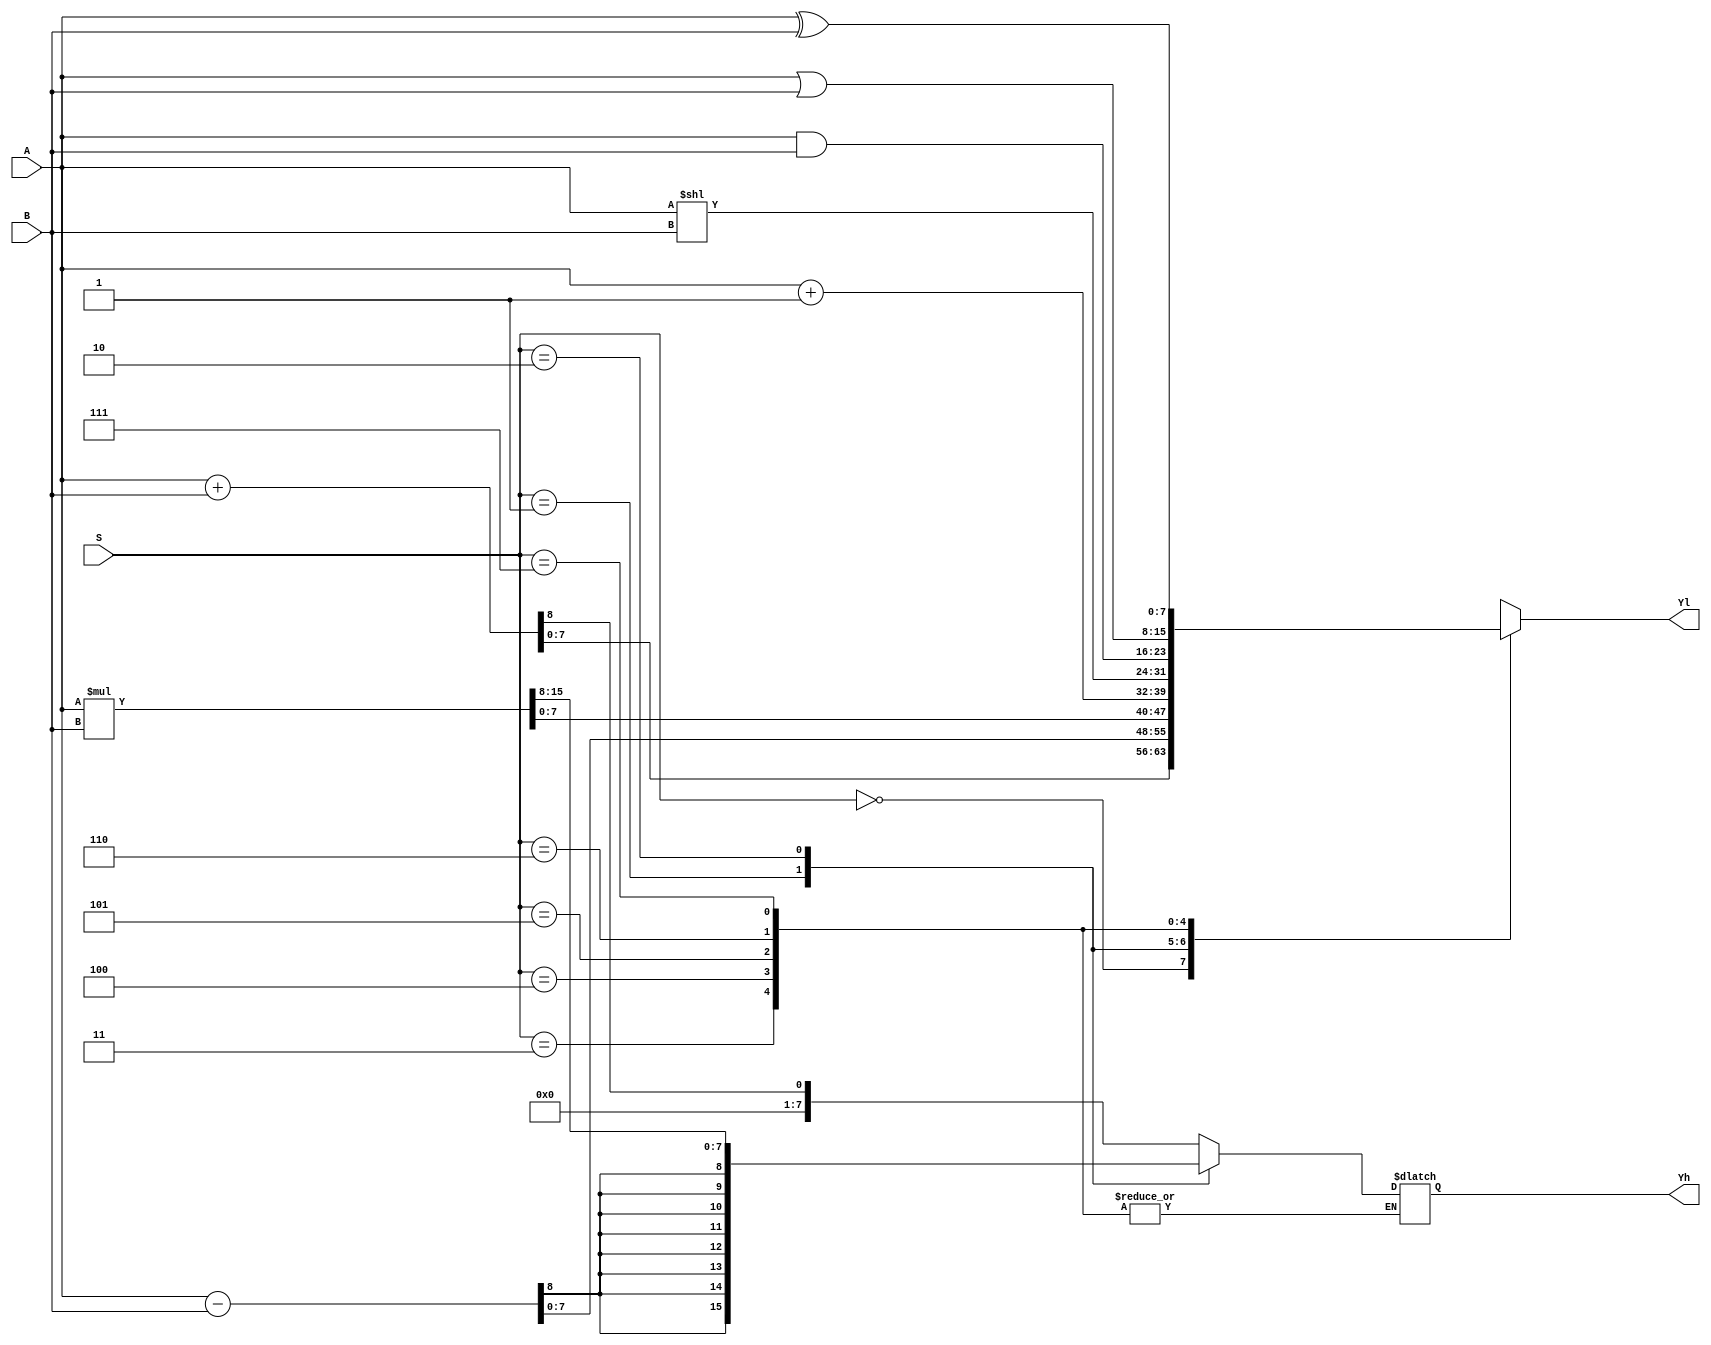
`timescale 1ns / 1ps
//////////////////////////////////////////////////////////////////////////////////
// Company: 
// Engineer: 
// 
// Design Name: 
// Module Name: ALU
// Project Name: 
// Target Devices: 
// Tool Versions: 
// Description: 
// 
// Dependencies: 
// 
// Revision:
// Revision 0.01 - File Created
// Additional Comments:
// 
//////////////////////////////////////////////////////////////////////////////////


module ALU(
    input [7:0] A,
    input [7:0] B,
    input [2:0] S,
    output reg [7:0] Yh,
    output reg [7:0] Yl
    );
    always@(*)
    case(S)
    3'b000:{Yh,Yl}= A+B;
    3'b001:{Yh,Yl}=A-B;
    3'b010:{Yh,Yl}=A*B;
    3'b011:Yl=A+1;
    3'b100:Yl=A<<B;
    3'b101:Yl=A&B;
    3'b110:Yl=A|B;
    3'b111:Yl=A^B;
    endcase
endmodule